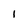
Character: 1